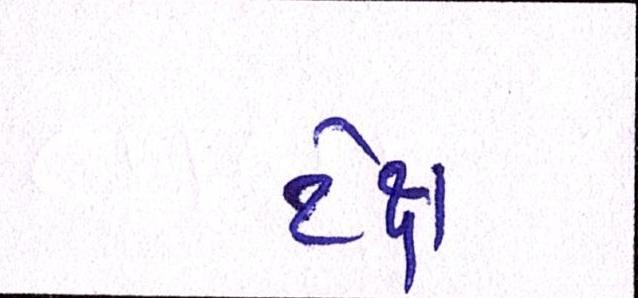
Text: ટેક્ષ